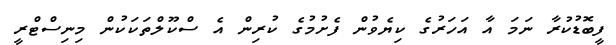
ފީބޮޑުކުރާ ނަމަ އާ އަހަރުގެ ކިޔެވުން ފެށުމުގެ ކުރިން އެ ސްކޫލްތަކަކުން މިނިސްޓްރީ